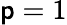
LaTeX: \mathsf{p}=1